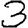
Digit: 3